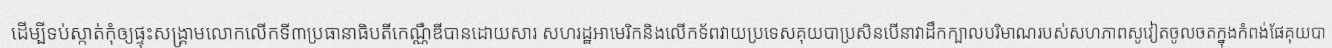
ដើម្បីទប់ស្កាត់កុំឲ្យផ្ទុះសង្គ្រាមលោកលើកទី៣ប្រធានាធិបតីកេណ្ណឺឌីបានដោយសារ សហរដ្ឋអាមេរិកនិងលើកទ័ពវាយប្រទេសគុយបាប្រសិនបើនាវាដឹកក្បាលបរិមាណរបស់សហភាពសូវៀតចូលចតក្នុងកំពង់ផែគុយបា